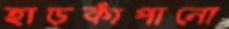
হাড়কাঁপানো